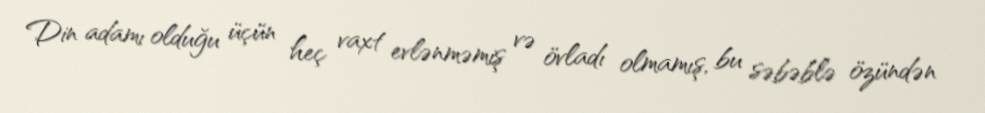
Din adamı olduğu üçün heç vaxt evlənməmiş və övladı olmamış, bu səbəblə özündən